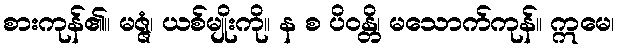
စားကုန်၏။ မဇ္ဇံ၊ ယစ်မျိုးကို။ န စ ပိဝန္တိ၊ မသောက်ကုန်။ ဣမေ၊